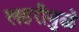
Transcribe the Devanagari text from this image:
लहरीमुळे